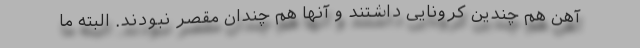
آهن هم چندین کرونایی داشتند و آنها هم چندان مقصر نبودند. البته ما